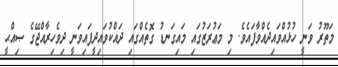
މަތޫރު ވަނީ ހުޅުއްވައިދެއްވާފައެވެ. މި މަޢުރަޒުގައި މައިގަނޑު ގޮތެއްގައި ދައްކުވައިދީފައިވަނީ ދިވެހިރާއްޖޭގެ ޞިއްޙީ